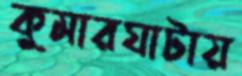
কুমারঘাটায়